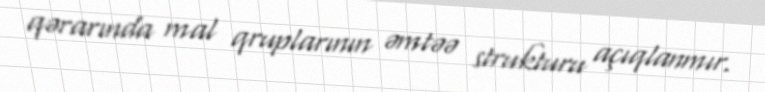
qərarında mal qruplarının əmtəə strukturu açıqlanmır.